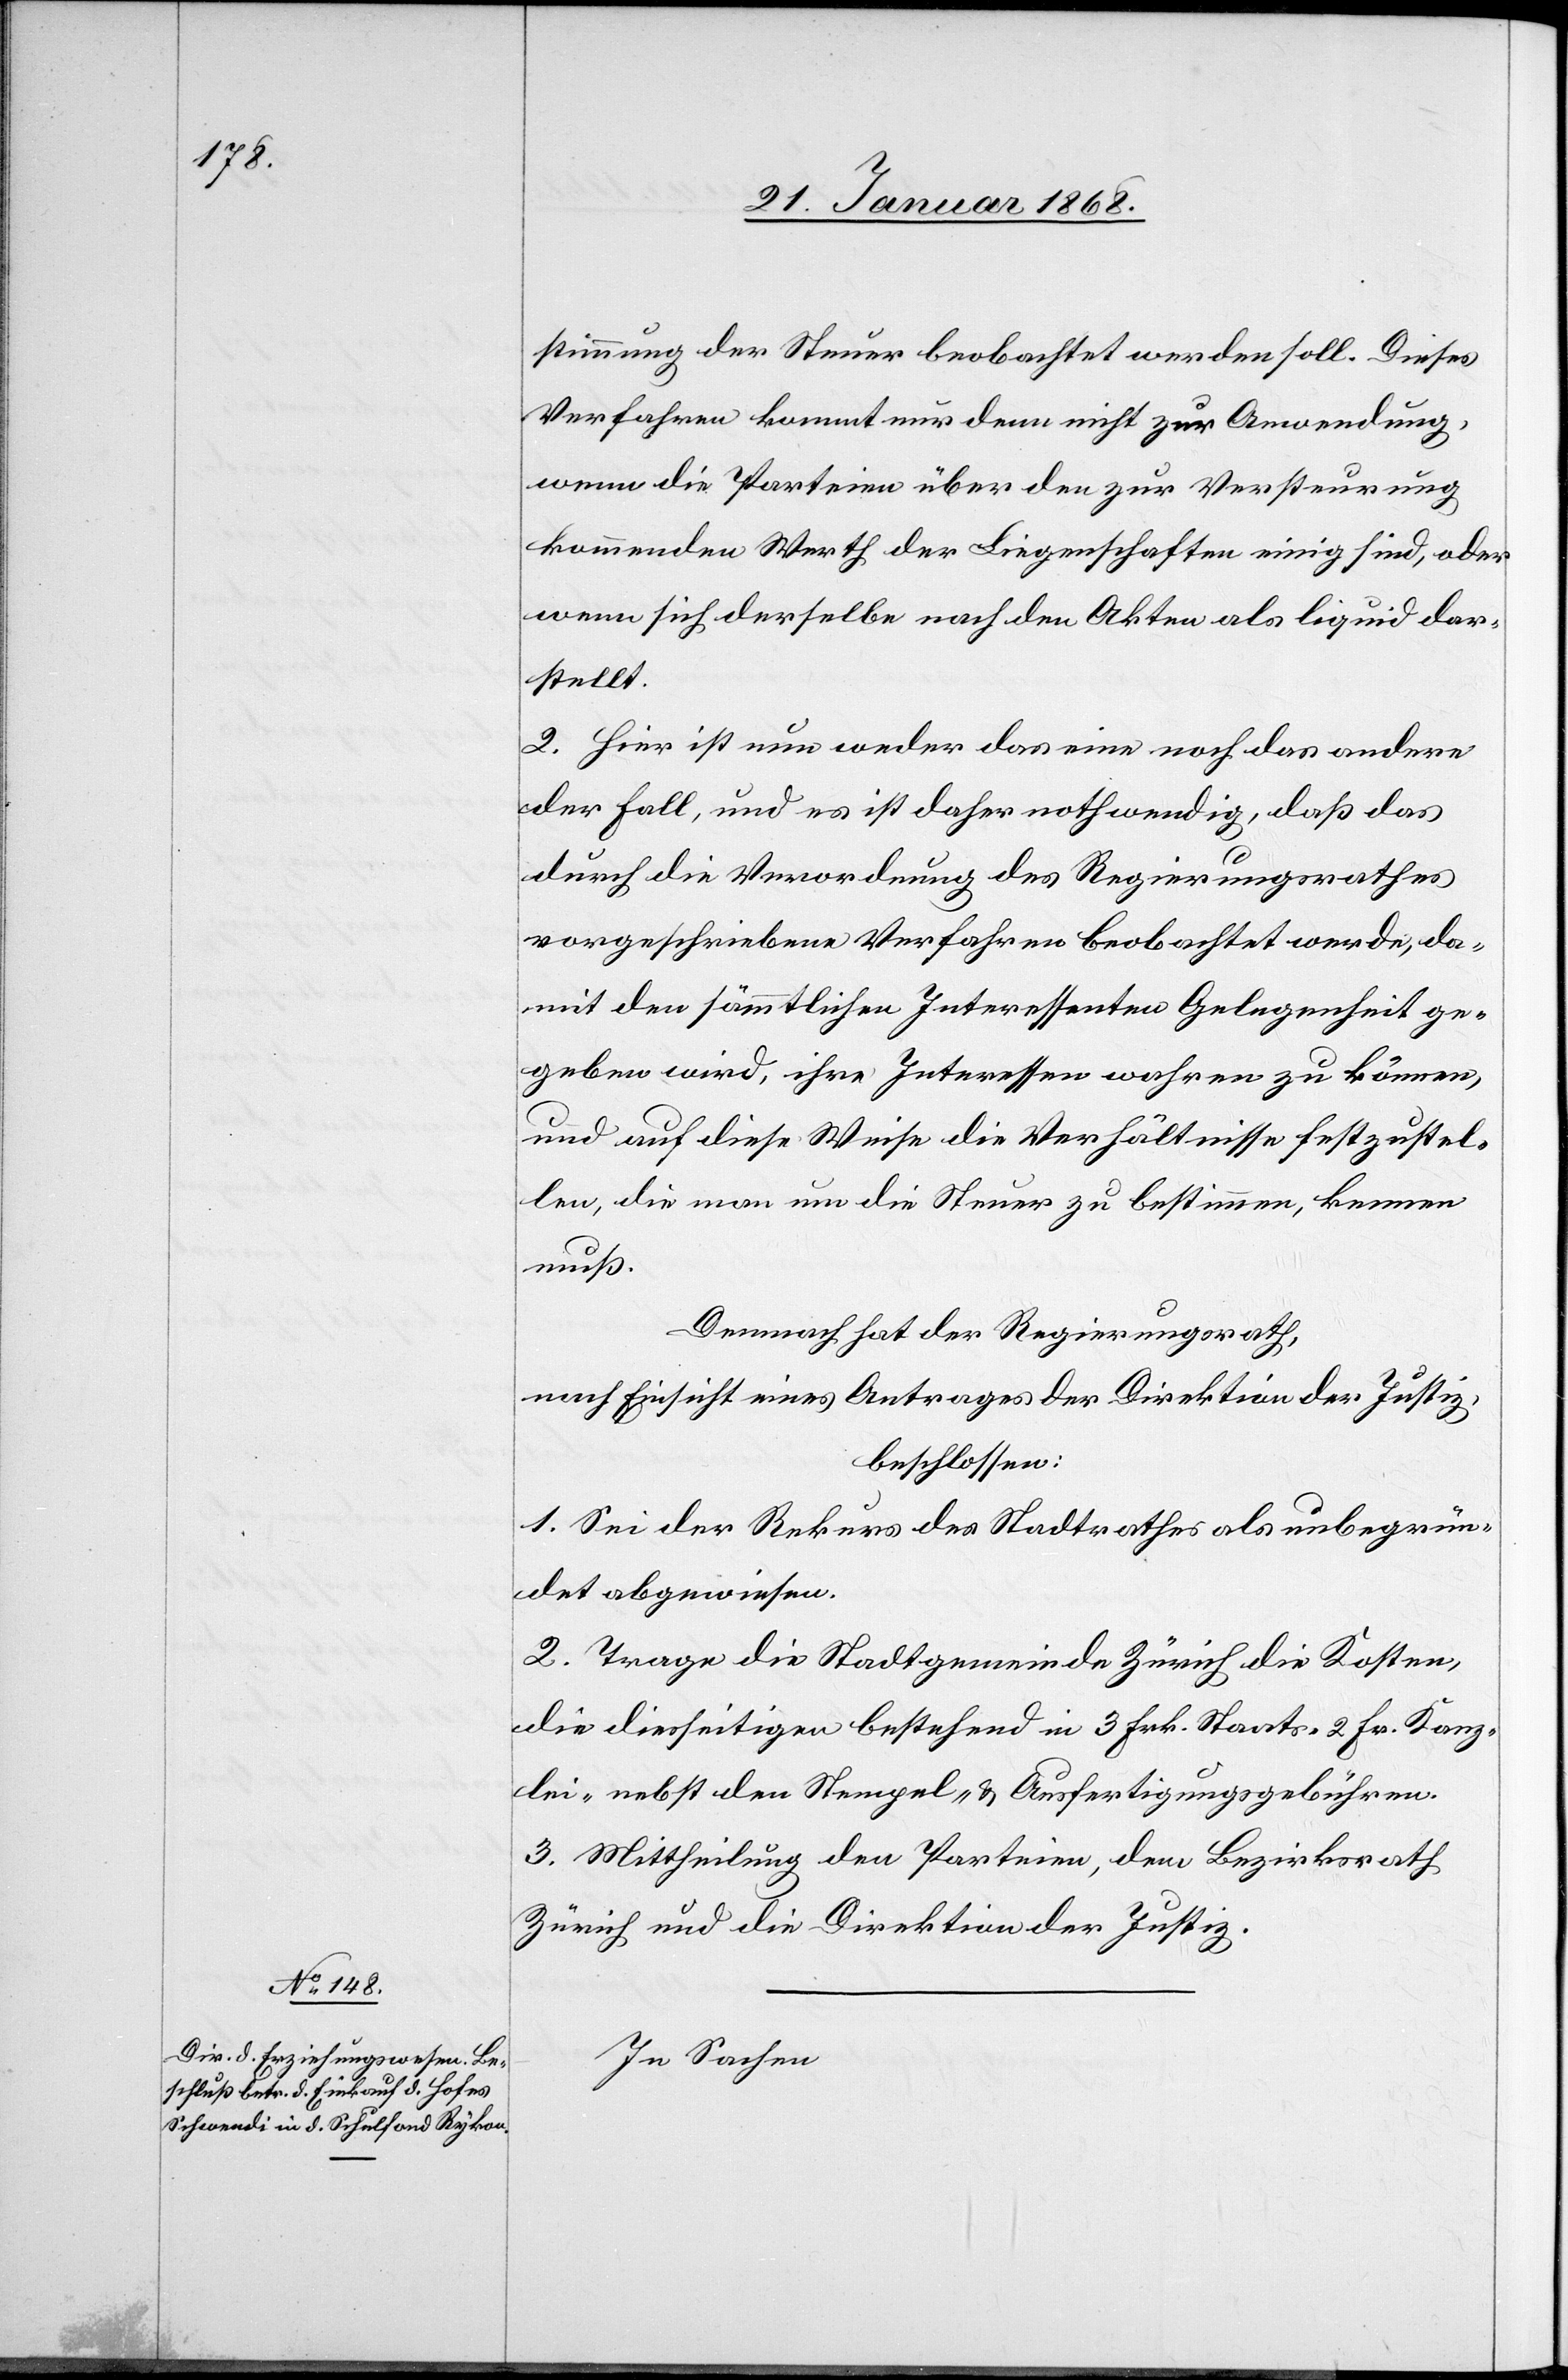
stimmung der Steuer beobachtet werden soll. Dieses
Verfahren kommt nur denn [recte: dann] nicht zur Anwendung,
wenn die Parteien über den zur Versteurung
kommenden Werth der Liegenschaften einig sind, oder
wenn sich derselbe nach den Akten als liquid dar¬
stellt.
2. Hier ist nun weder das eine noch das andere
der Fall, und es ist daher nothwendig, daß das
durch die Verordnung des Regierungsrathes
vorgeschriebene Verfahren beobachtet werde, da¬
mit den sämmtlichen Interessenten Gelegenheit ge¬
geben wird, ihre Interessen wahren zu können,
und auf diese Weise die Verhältnisse festzustel¬
len, die man um die Steuer zu bestimmen, kennen
muß.
Demnach hat der Regierungsrath,
nach Einsicht eines Antrages der Direktion der Justiz,
beschlossen:
1. Sei der Rekurs des Stadtrathes als unbegrün¬
det abgewiesen.
2. Trage die Stadtgemeinde Zürich die Kosten,
die diesseitigen bestehend in 3 Frk. Staats-[,] 2 Fr. Kanz¬
lei-[,] nebst den Stempel- & Ausfertigungsgebühren.
3. Mittheilung den Parteien, dem Bezirksrath
In Sachen